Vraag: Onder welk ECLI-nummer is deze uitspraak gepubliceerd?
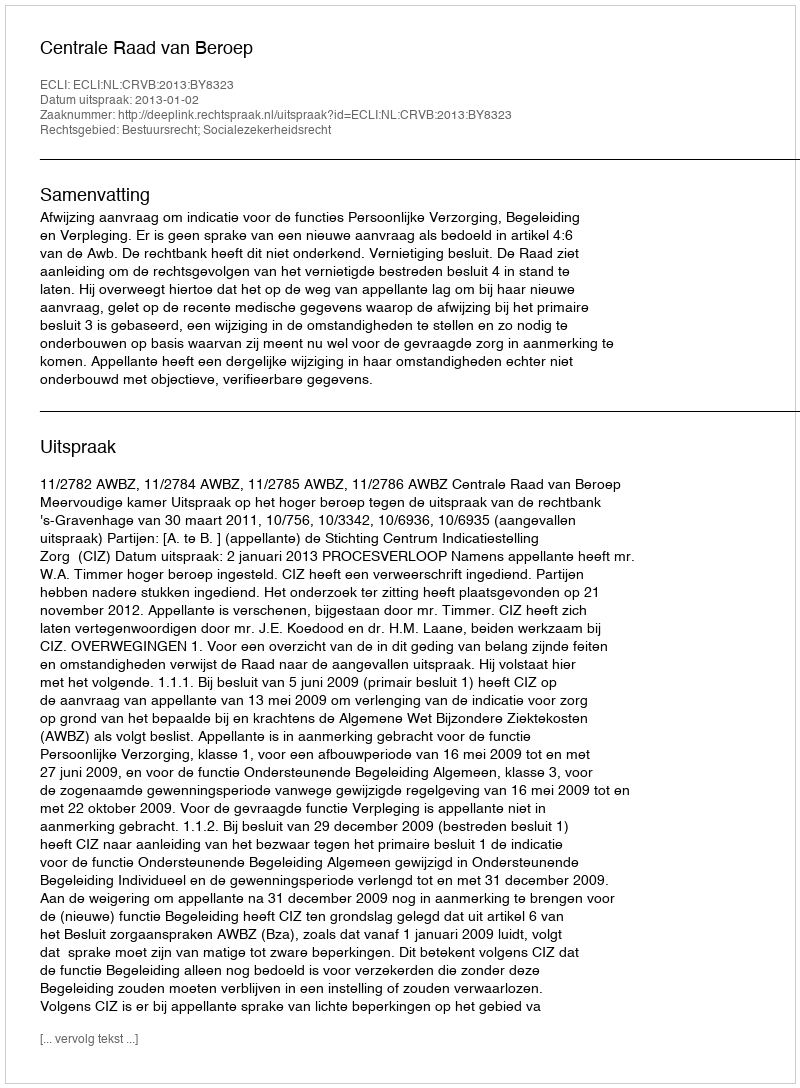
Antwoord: ECLI:NL:CRVB:2013:BY8323